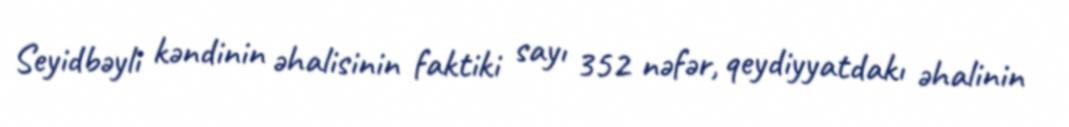
Seyidbəyli kəndinin əhalisinin faktiki sayı 352 nəfər, qeydiyyatdakı əhalinin